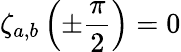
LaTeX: \zeta_{a,b}\left(\pm\frac{\pi}{2}\right)=0